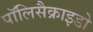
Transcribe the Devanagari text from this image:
पॉलिसैक्राइडो